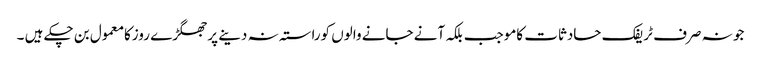
جو نہ صرف ٹریفک حادثات کاموجب بلکہ آنے جانے والوں کوراستہ نہ دینے پرجھگڑے روزکامعمول بن چکے ہیں ۔